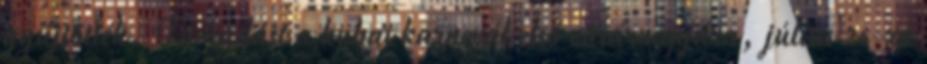
gyűjtötték. Támadást a kubai karnevál első vasárnapjára, július 26-ra